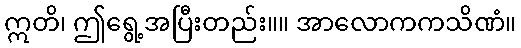
ဣတိ၊ ဤရွေ့အပြီးတည်း။။ အာလောကကသိဏံ။